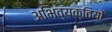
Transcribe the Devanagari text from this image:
अभिव्‍यक्तियों